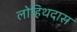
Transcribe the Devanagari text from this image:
लोहिथदास